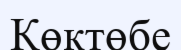
Көктөбе